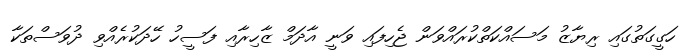
ހަގީގަތުގައި ރިޔާޒު މަސައްކަތްކުރައްވަން ޖެހިފައި ވަނީ އާދަމް ޒާހިރާއި ފަސީހު ހޭދަކުރެއްވި ދުވަސްތަކާ